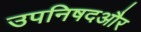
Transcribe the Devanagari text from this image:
उपनिषदऔर